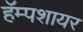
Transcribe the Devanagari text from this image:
हॅम्पशायर